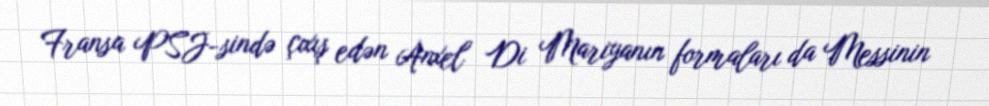
Fransa PSJ-sində çıxış edən Anxel Di Mariyanın formaları da Messinin